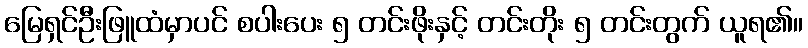
မြေရှင်ဦးဖြူထံမှာပင် စပါးပေး ၅ တင်းဖိုးနှင့် တင်းတိုး ၅ တင်းတွက် ယူရ၏။